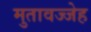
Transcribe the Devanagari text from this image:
मुतावज्जेह